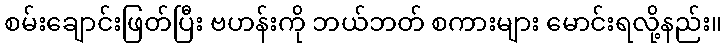
စမ်းချောင်းဖြတ်ပြီး ဗဟန်းကို ဘယ်ဘတ် စကားများ မောင်းရလို့နည်း။